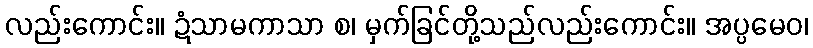
လည်းကောင်း။ ဍံသာမကာသာ စ၊ မှက်ခြင်တို့သည်လည်းကောင်း။ အပ္ပမေဝ၊